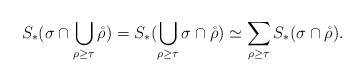
LaTeX: \begin{align*}S_*(\sigma\cap\bigcup_{\rho\geq\tau}\mathring{\rho})=S_*(\bigcup_{\rho\geq\tau}\sigma\cap\mathring{\rho})\simeq\sum_{\rho\geq\tau}S_*(\sigma\cap\mathring{\rho}).\end{align*}